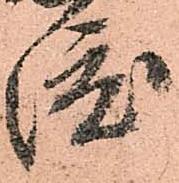
渡